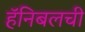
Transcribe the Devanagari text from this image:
हॅनिबलची